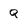
Character: Q